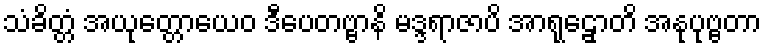
သံခိတ္တံ အယုတ္တောယေဝ ဒီပေတဗ္ဗာနိ မဒ္ဒရာဇာပိ အာရုဠှောတိ အနုပုဗ္ဗတာ